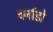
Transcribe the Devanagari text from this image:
वर्नाडो